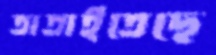
তাতাইতেছে